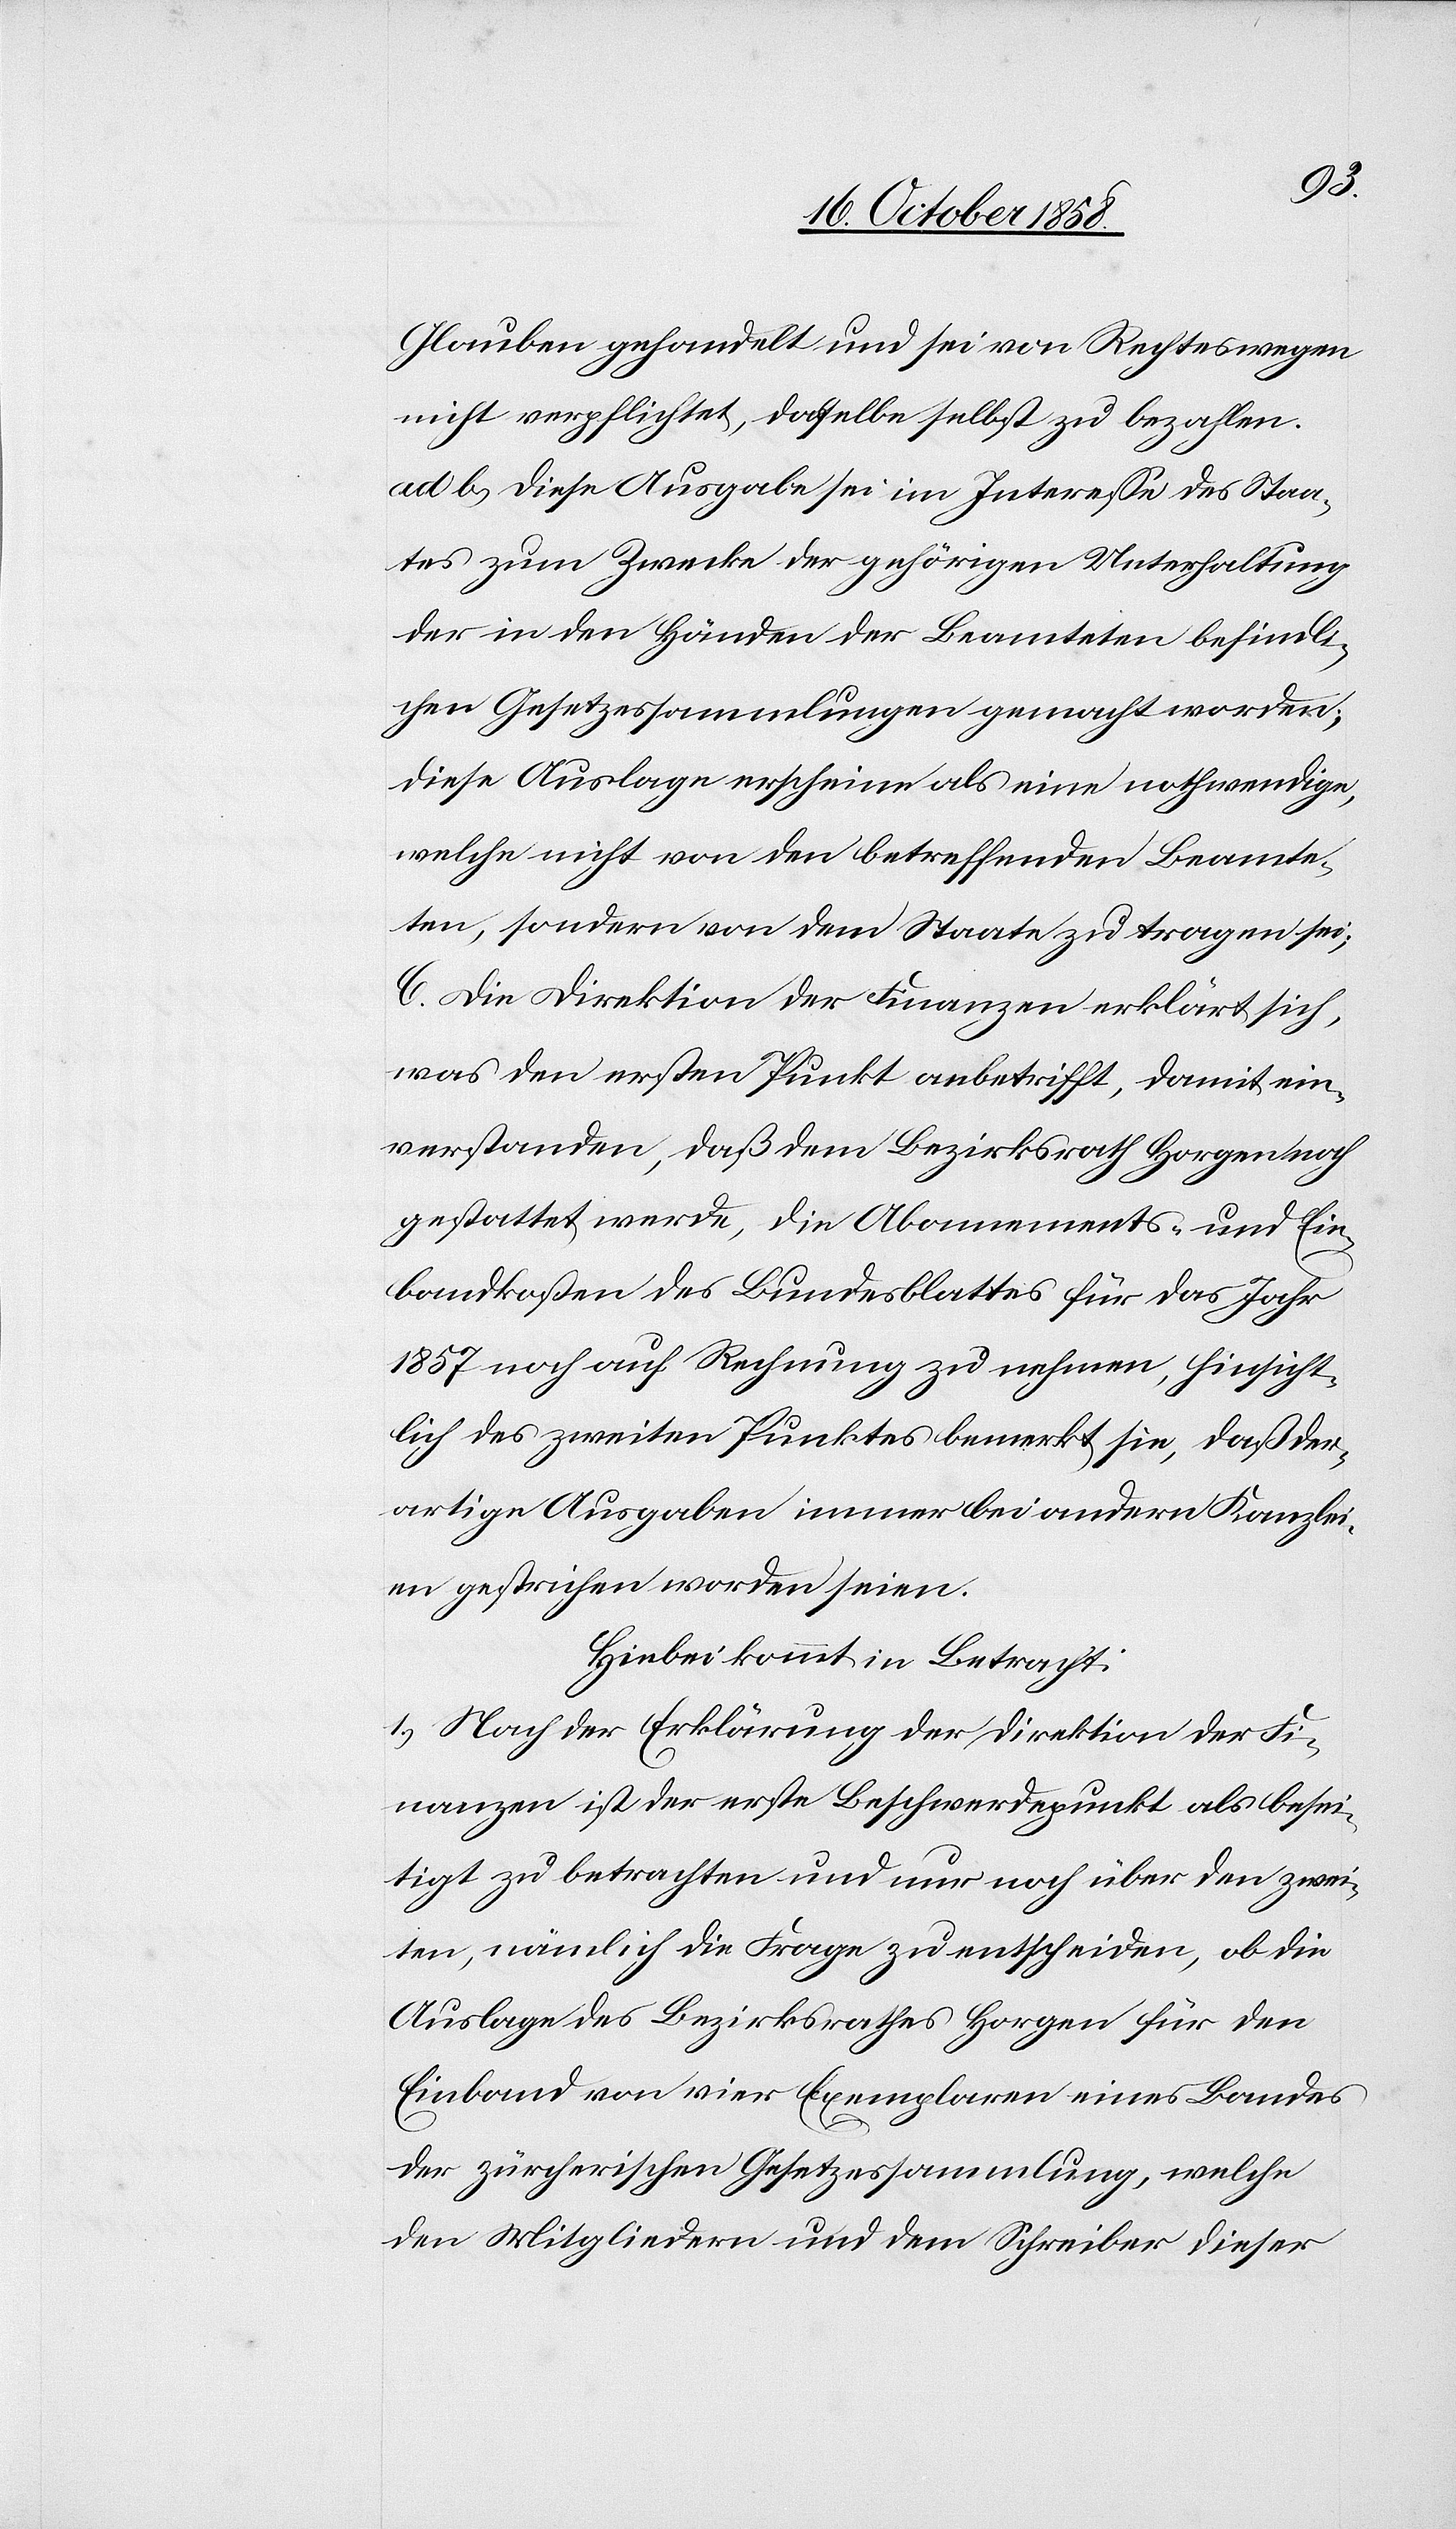
Glauben gehandelt und sei von Rechtes wegen
nicht verpflichtet, dasselbe selbst zu bezahlen.
ad b.) Diese Ausgabe sei im Interesse des Staa¬
tes zum Zwecke der gehörigen Unterhaltung
der in den Händen der Beamteten befindli¬
chen Gesetzessammlungen gemacht worden;
diese Auslage erscheine als eine nothwendige,
welche nicht von den betreffenden Beamte¬
ten, sondern von dem Staate zu tragen sei;
C. Die Direktion der Finanzen erklärt sich,
was den ersten Punkt anbetrifft, damit ein¬
verstanden, daß dem Bezirksrath Horgen noch
gestattet werde, die Abonnements- und Ein¬
bandkosten des Bundesblattes für das Jahr
1857 noch auf Rechnung zu nehmen, hinsicht¬
lich des zweiten Punktes bemerkt sie, daß der¬
artige Ausgaben immer bei andern Kanzlei¬
en gestrichen worden seien.
Hiebei kommt in Betracht:
1.) Nach der Erklärung der Direktion der Fi¬
nanzen ist der erste Beschwerdepunkt als besei¬
tigt zu betrachten und nur noch über den zwei¬
ten, nämlich die Frage zu entscheiden, ob die
Auslage des Bezirksrathes Horgen für den
Einband von vier Exemplaren eines Bandes
der zürcherischen Gesetzessammlung, welche
den Mitgliedern und dem Schreiber dieser